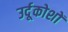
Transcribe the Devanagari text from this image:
उर्दूकोशों